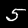
Label: 5